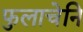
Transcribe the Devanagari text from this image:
फुलाचेनि